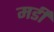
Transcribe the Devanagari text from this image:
मर्डी